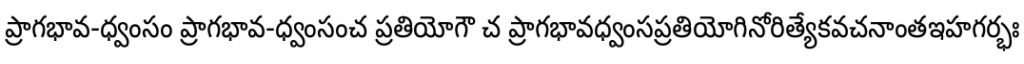
ప్రాగభావ-ధ్వంసం ప్రాగభావ-ధ్వంసంచ ప్రతియోగౌ చ ప్రాగభావధ్వంసప్రతియోగినోరిత్యేకవచనాంతఇహగర్భః